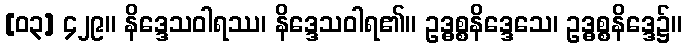
[၀၃] ၄၂၉။ နိဒ္ဒေသဝါရဿ၊ နိဒ္ဒေသဝါရ၏။ ဥဒ္ဓစ္စနိဒ္ဒေသေ၊ ဥဒ္ဓစ္စနိဒ္ဒေ၌။